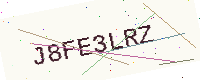
Text: J8FE3LRZ